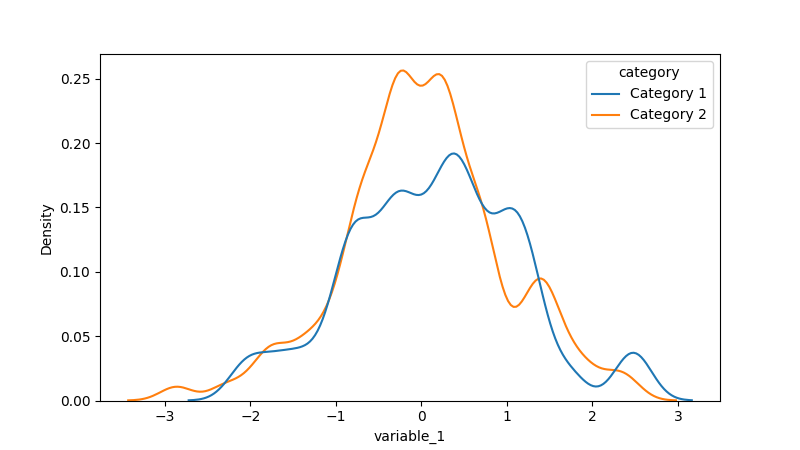
python, seaborn, kdeplot, hue='category', fill=False, bw_adjust=0.5